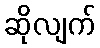
ဆိုလျက်